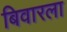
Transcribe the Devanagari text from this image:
बिवारला